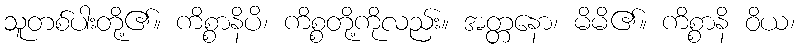
သူတစ်ပါးတို့၏။ ကိစ္စာနိပိ၊ ကိစ္စတို့ကိုလည်း။ အတ္တနော၊ မိမိ၏။ ကိစ္စာနိ ဝိယ၊